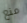
منع